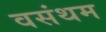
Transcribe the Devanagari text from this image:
वसंथम